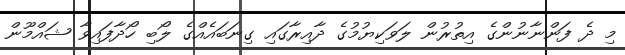
މި ދެ ފަންނާނުންގެ އިތުރުން ލަވަކިޔުމުގެ ދާއިރާގައި ގިނަބައެއްގެ ލޯބި ހޯދާފައިވާ ޝައްމޫން